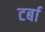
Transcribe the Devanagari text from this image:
टर्बा